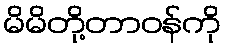
မိမိတို့တာဝန်ကို